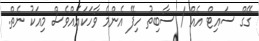
ގޭގް ސައިޓް އެއް / ސާބިތު ހިފޭ އެންމެ ވާހަކައެއްވެސް މިއަކު ނެތް.